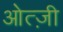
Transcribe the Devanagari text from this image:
ओत्ज़ी